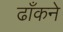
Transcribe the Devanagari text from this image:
ढाँकने